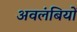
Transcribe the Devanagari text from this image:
अवलंबियों